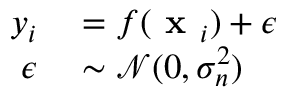
\begin{array} { r l } { y _ { i } } & { { } = f ( \textbf { x } _ { i } ) + \epsilon } \\ { \epsilon } & { { } \sim \mathcal { N } ( 0 , \sigma _ { n } ^ { 2 } ) } \end{array}